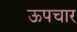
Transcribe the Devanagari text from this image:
ऊपचार